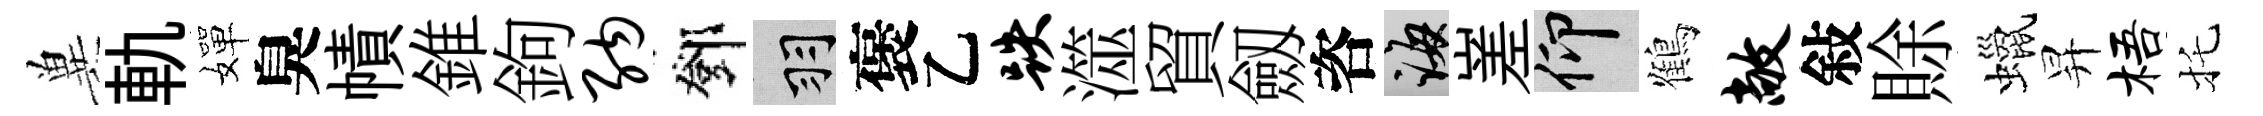
兾軌嬋臭幘錐鉤纳鄧羽褒乙跌澨貿劔咨誨嵳仰鶴敞敍賖蠟昇梧托